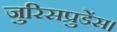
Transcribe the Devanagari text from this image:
जुरिसप्रुडेंस।